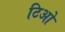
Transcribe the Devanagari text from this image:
टिओ